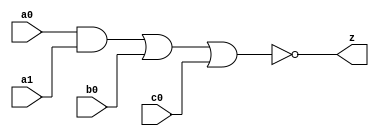
// This program was cloned from: https://github.com/aolofsson/oh
// License: MIT License

//#############################################################################
//# Function: And-Or-Inverter (aoi211) Gate                                   #
//# Copyright: OH Project Authors. ALl rights Reserved.                       #
//# License:  MIT (see LICENSE file in OH repository)                         #
//#############################################################################

module asic_aoi211 #(parameter PROP = "DEFAULT")  (
   input  a0,
   input  a1,
   input  b0,
   input  c0,
   output z
   );

   assign z = ~((a0 & a1) | b0 | c0);

endmodule